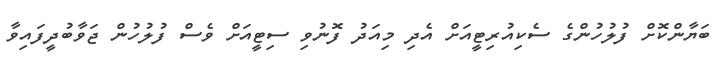
ބަޔާންކޮށް ފުލުހުންގެ ސެކިއުރިޓީއަށް އެދި މިއަދު ފޮނުވި ސިޓީއަށް ވެސް ފުލުހުން ޖަވާބުދީފައިވާ